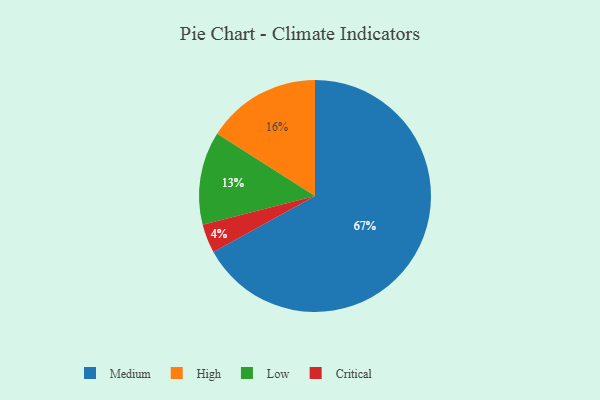
{"axis": {"x": "Category", "y": "Percentage"}, "legend": ["Critical", "High", "Low", "Medium"], "data": [{"x": "Low", "y": 13, "type": "Low"}, {"x": "High", "y": 16, "type": "High"}, {"x": "Critical", "y": 4, "type": "Critical"}, {"x": "Medium", "y": 67, "type": "Medium"}]}